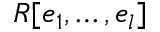
R [ e _ { 1 } , \ldots , e _ { l } ]